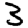
Digit: 3